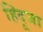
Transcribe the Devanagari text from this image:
हिंदूजा